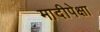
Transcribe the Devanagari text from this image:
मादीपेक्षा